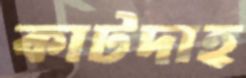
কাটদাহ